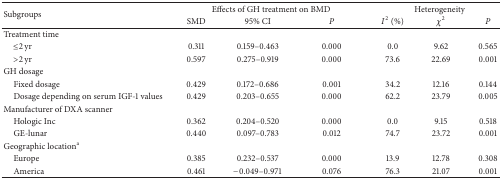
<table><thead><tr><td rowspan="2"><b>Subgroups</b></td><td colspan="3"><b>Effects of GH treatment on BMD</b></td><td colspan="3"><b>Heterogeneity</b></td></tr><tr><td><b>SMD</b></td><td><b>95% CI</b></td><td><b><i>P </i></b></td><td><b><i>I</i><sup>2</sup> (%)</b></td><td><b>χ<sup>2</sup></b></td><td><b><i>P </i></b></td></tr></thead><tbody><tr><td>Treatment time</td><td> </td><td> </td><td> </td><td> </td><td> </td><td> </td></tr><tr><td> ≤2 yr</td><td>0.311</td><td> 0.159–0.463</td><td>0.000</td><td> 0.0</td><td> 9.62</td><td>0.565</td></tr><tr><td> &gt;2 yr</td><td>0.597</td><td> 0.275–0.919</td><td>0.000</td><td>73.6</td><td>22.69</td><td>0.001</td></tr><tr><td>GH dosage</td><td> </td><td> </td><td> </td><td> </td><td> </td><td> </td></tr><tr><td> Fixed dosage</td><td>0.429</td><td> 0.172–0.686</td><td>0.001</td><td>34.2</td><td>12.16</td><td>0.144</td></tr><tr><td> Dosage depending on serum IGF-1 values</td><td>0.429</td><td> 0.203–0.655</td><td>0.000</td><td>62.2</td><td>23.79</td><td>0.005</td></tr><tr><td>Manufacturer of DXA scanner</td><td> </td><td> </td><td> </td><td> </td><td> </td><td> </td></tr><tr><td> Hologic Inc</td><td>0.362</td><td> 0.204–0.520</td><td>0.000</td><td> 0.0</td><td> 9.15</td><td>0.518</td></tr><tr><td> GE-lunar</td><td>0.440</td><td> 0.097–0.783</td><td>0.012</td><td>74.7</td><td>23.72</td><td>0.001</td></tr><tr><td>Geographic location<sup>a</sup></td><td> </td><td> </td><td> </td><td> </td><td> </td><td> </td></tr><tr><td> Europe</td><td>0.385</td><td> 0.232–0.537</td><td>0.000</td><td>13.9</td><td>12.78</td><td>0.308</td></tr><tr><td> America</td><td>0.461</td><td>−0.049–0.971</td><td>0.076</td><td>76.3</td><td>21.07</td><td>0.001</td></tr></tbody></table>